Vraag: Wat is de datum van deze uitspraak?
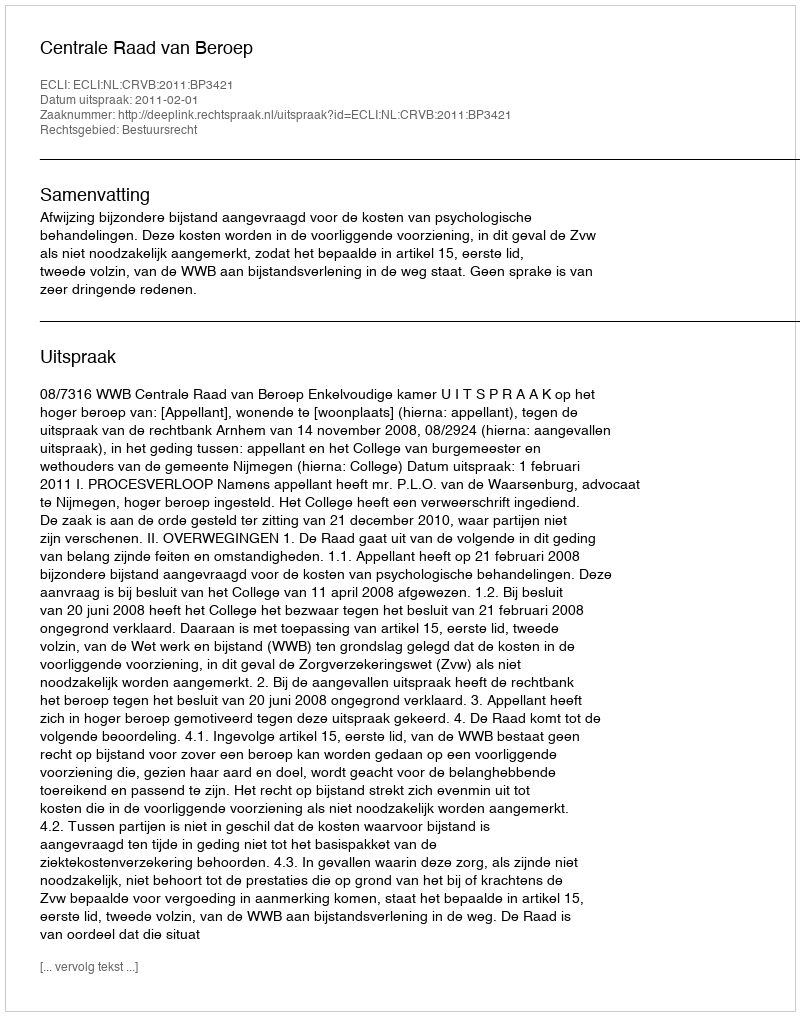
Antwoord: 2011-02-01